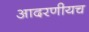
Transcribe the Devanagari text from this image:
आदरणीयच